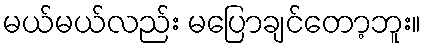
မယ်မယ်လည်း မပြောချင်တော့ဘူး။